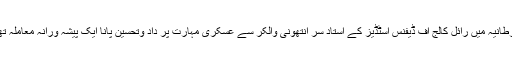
برطانیہ میں رائل کالج آف ڈیفنس اسٹڈیز کے استاد سر انتھونی والکر سے عسکری مہارت پر داد وتحسین پانا ایک پیشہ ورانہ معاملہ تھا۔